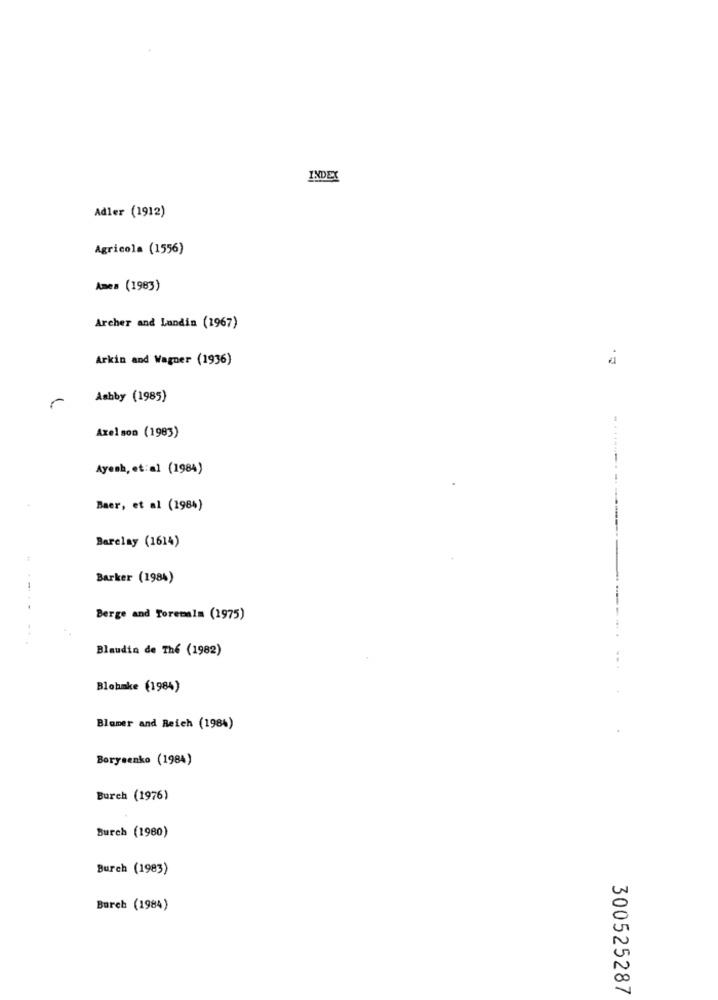
INDEX
Adler (1912)
Agricola (1556)
Ames (1983)
Archer and Landin (1967)
Arkin and Wagner (1936)
-
Ashby (1985)
Axel son (1983)
Ayesh, et:al (1984)
Baer, et al (1984)
Barelay (1614)
Barker (1984)
Berge and Toremalm (1975)
. .
Blaudin de Thé (1982)
Blohmke (1984)
Blamer and Reich (1984)
Borysenko (1984)
Burch (1976)
Burch (1980)
Burch (1983)
Burch (1984)
300525287